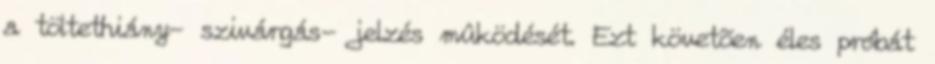
a töltethiány- szivárgás- jelzés mûködését. Ezt követõen éles próbát